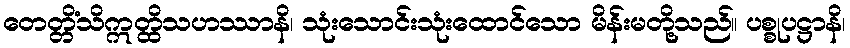
တေတ္တိံသိဣတ္ထိသဟဿာနိ၊ သုံးသောင်းသုံးထောင်သော မိန်းမတို့သည်။ ပစ္စုပဋ္ဌာနိ၊